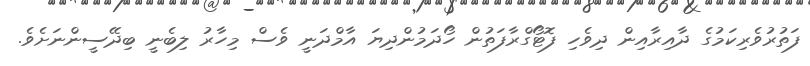
ފަތުރުވެރިކަމުގެ ދާއިރާއިން ދިވެހި ފޮޓޯގްރާފަތުން ހޯދަމުންދިޔަ އާމްދަނީ ވެސް މިހާރު ލިބެނީ ބިދޭސީންނަށެވެ.